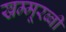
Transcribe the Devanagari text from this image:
खम्मूरब्बी